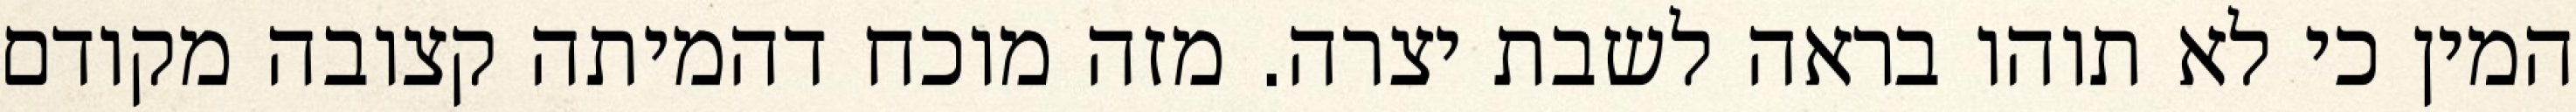
המין כי לא תוהו בראה לשבת יצרה. מזה מוכח דהמיתה קצובה מקודם